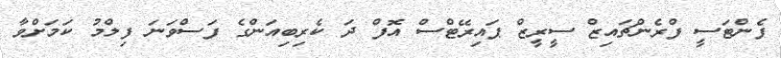
ފެންޓަސީ ފްރެންޗައިޒް ސީރީޒް ޕައިރޭޓްސް އޮފް ދަ ކެރިބިއަންގެ ފަސްވަނަ ފިލްމު ކަމަށްވާ